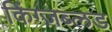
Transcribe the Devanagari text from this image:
किंग्ज़ब्लड